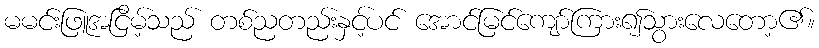
မမင်းဖြူအငြိမ့်သည် တစ်ညတည်းနှင့်ပင် အောင်မြင်ကျော်ကြား၍သွားလေတော့၏။